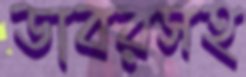
ডাবরসহ